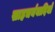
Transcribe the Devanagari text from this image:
साहचर्यवादियों